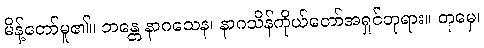
မိန့်တော်မူ၏။ ဘန္တေ နာဂသေန၊ နာဂသိန်ကိုယ်တော်အရှင်ဘုရား။ တုမှေ၊